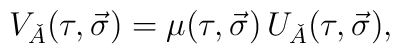
V_{\check{A}}(\tau,\vec{\sigma}) = \mu(\tau,\vec{\sigma})\,U_{\check{A}}(\tau,\vec{\sigma}),